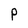
Character: P